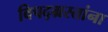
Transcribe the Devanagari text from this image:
विपद्‌ग्रस्तांना